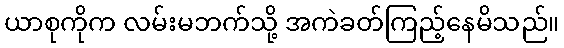
ယာစုကိုက လမ်းမဘက်သို့ အကဲခတ်ကြည့်နေမိသည်။